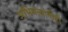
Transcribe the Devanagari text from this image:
अभियंत्यांनीही